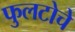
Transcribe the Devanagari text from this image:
फुलटोचे